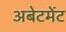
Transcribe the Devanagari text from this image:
अबेटमेंट